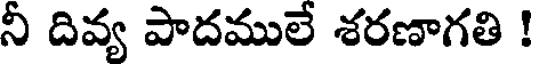
నీ దివ్య పాదములే శరణాగతి !